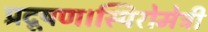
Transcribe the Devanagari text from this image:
प्रदूषण।स्पिरोमेट्री